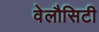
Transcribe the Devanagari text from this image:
वेलौसिटी